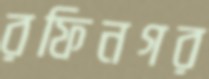
রফিনগর